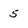
Character: 5